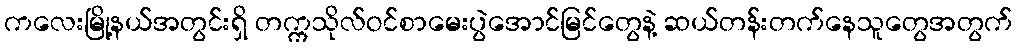
ကလေးမြို့နယ်အတွင်းရှိ တက္ကသိုလ်ဝင်စာမေးပွဲအောင်မြင်တွေနဲ့ ဆယ်တန်းတက်နေသူတွေအတွက်